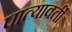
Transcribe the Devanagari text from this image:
पात्यावर्ती